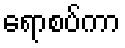
ရောစပ်ကာ